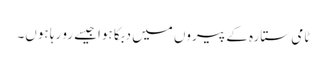
ٹامی ستارہ کے پیروں میں دبکا ہواجیسے رو رہا ہوں۔